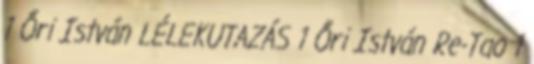
1 Őri István LÉLEKUTAZÁS 1 Őri István Re-Tao 1